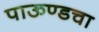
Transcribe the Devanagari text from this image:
पाऊण्डचा